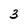
Character: 3